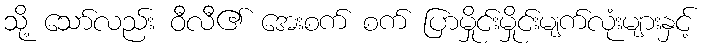
သို့ သော်လည်း ဝီလီ၏ အေးစက် စက် ပြာမှိုင်းမှိုင်းမျက်လုံးများနှင့်